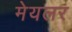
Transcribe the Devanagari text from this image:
मेयलर